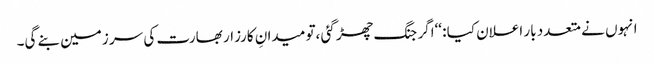
انہوں نے متعدد بار اعلان کیا : ‘‘اگر جنگ چھڑ گئی ،تو میدانِ کارزار بھارت کی سر زمین بنے گی۔